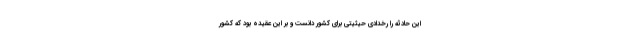
این حادثه را رخدادی حیثیتی برای کشور دانست و بر این عقیده بود که کشور